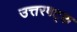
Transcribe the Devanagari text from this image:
उत्तरषट्क